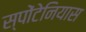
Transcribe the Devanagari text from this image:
स्पोंटेनियास